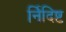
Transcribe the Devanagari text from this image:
र्निदिष्ट